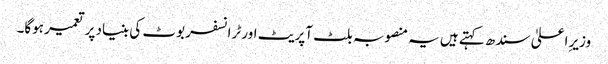
وزیرِ اعلیٰ سندھ کہتے ہیں یہ منصوبہ بلٹ آپریٹ اور ٹرانسفر بوٹ کی بنیاد پر تعمیر ہوگا۔